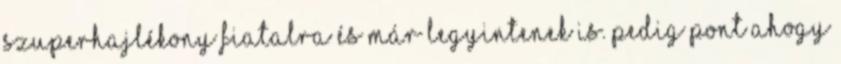
szuperhajlékony fiatalra és már legyintenek is. Pedig pont ahogy